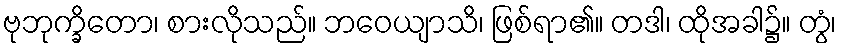
ဗုဘုက္ခိတော၊ စားလိုသည်။ ဘဝေယျာသိ၊ ဖြစ်ရာ၏။ တဒါ၊ ထိုအခါ၌။ တွံ၊